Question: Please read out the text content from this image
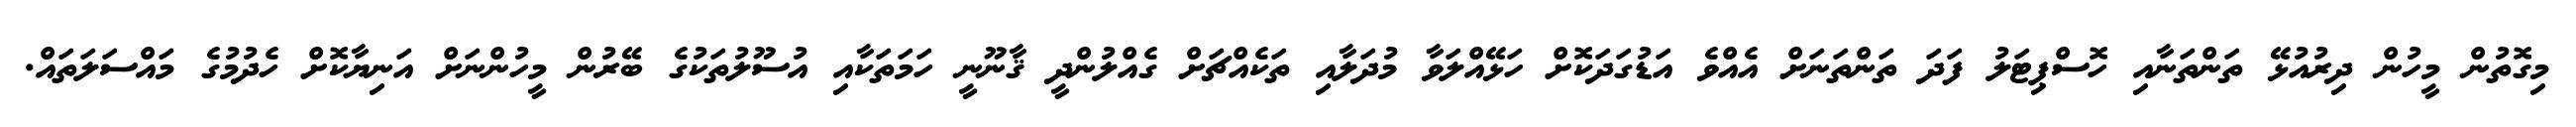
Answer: މިގޮތުން މީހުން ދިރުއުޅޭ ތަންތަނާއި ހޮސްޕިޓަލު ފަދަ ތަންތަނަށް އެއްވެ އަޑުގަދަކޮށް ހަޅޭއްލަވާ މުދަލާއި ތަކެއްޗަށް ގެއްލުންދީ ޤާނޫނީ ހަމަތަކާއި އުސޫލުތަކުގެ ބޭރުން މީހުންނަށް އަނިޔާކޮށް ހެދުމުގެ މައްސަލަތައް.